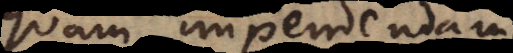
quam impendendam